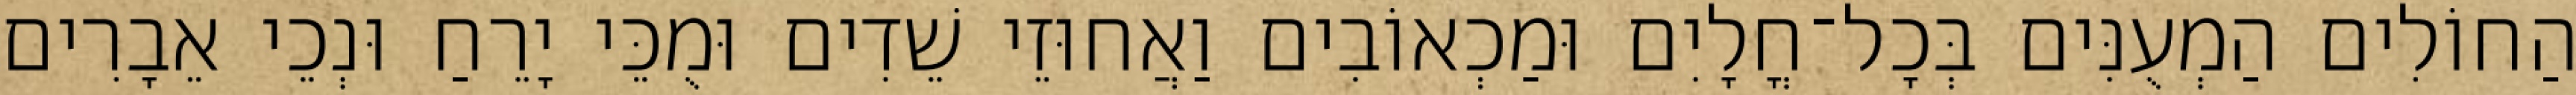
הַחוֹלִים הַמְעֻנִּים בְּכָל־חֳלָיִם וּמַכְאוֹבִים וַאֲחוּזֵי שֵׁדִים וּמֻכֵּי יָרֵחַ וּנְכֵי אֵבָרִים